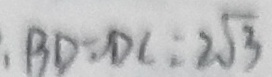
B D = D C = 2 \sqrt { 3 }